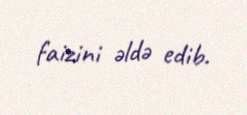
faizini əldə edib.